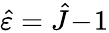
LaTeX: \hat{\varepsilon}=\hat{J}\! -\! 1